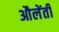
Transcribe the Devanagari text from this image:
औलेंती